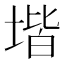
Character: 堦